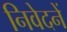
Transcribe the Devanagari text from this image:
निवेदनें